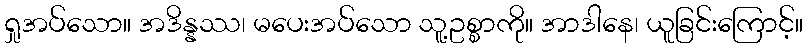
ရှုအပ်သော။ အဒိန္နဿ၊ မပေးအပ်သော သူ့ဥစ္စာကို။ အာဒါနေ၊ ယူခြင်းကြောင့်။